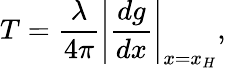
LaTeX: T=\frac{\lambda}{4\pi}\left\vert\frac{dg}{dx}\right\vert_{x=x_{H}},